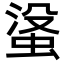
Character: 𮔓